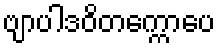
ဗျာပါဒဝိတက္ကောပေ